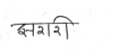
मजकूर: झरशि